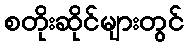
စတိုးဆိုင်များတွင်